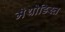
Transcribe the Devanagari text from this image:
मेथोडिस्त